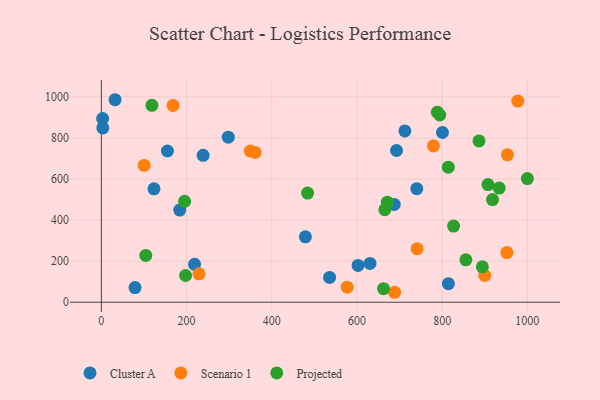
{"axis": {"x": "Distance", "y": "Exam Score"}, "legend": ["Cluster A", "Projected", "Scenario 1"], "data": [{"x": "602.6", "y": 179.3, "type": "Cluster A"}, {"x": "123.5", "y": 552.1, "type": "Cluster A"}, {"x": "740.4", "y": 553.0, "type": "Cluster A"}, {"x": "3.0", "y": 894.3, "type": "Cluster A"}, {"x": "692.9", "y": 738.7, "type": "Cluster A"}, {"x": "535.8", "y": 120.8, "type": "Cluster A"}, {"x": "3.4", "y": 848.5, "type": "Cluster A"}, {"x": "238.9", "y": 715.1, "type": "Cluster A"}, {"x": "800.7", "y": 826.3, "type": "Cluster A"}, {"x": "32.2", "y": 985.8, "type": "Cluster A"}, {"x": "479.0", "y": 318.3, "type": "Cluster A"}, {"x": "712.5", "y": 833.9, "type": "Cluster A"}, {"x": "184.0", "y": 448.4, "type": "Cluster A"}, {"x": "155.1", "y": 736.1, "type": "Cluster A"}, {"x": "79.0", "y": 71.4, "type": "Cluster A"}, {"x": "687.5", "y": 475.9, "type": "Cluster A"}, {"x": "630.7", "y": 188.7, "type": "Cluster A"}, {"x": "218.8", "y": 184.3, "type": "Cluster A"}, {"x": "297.9", "y": 803.4, "type": "Cluster A"}, {"x": "814.6", "y": 90.2, "type": "Cluster A"}, {"x": "899.9", "y": 130.5, "type": "Scenario 1"}, {"x": "953.2", "y": 717.7, "type": "Scenario 1"}, {"x": "688.4", "y": 48.4, "type": "Scenario 1"}, {"x": "361.0", "y": 729.1, "type": "Scenario 1"}, {"x": "977.5", "y": 979.1, "type": "Scenario 1"}, {"x": "779.5", "y": 760.7, "type": "Scenario 1"}, {"x": "168.4", "y": 957.9, "type": "Scenario 1"}, {"x": "100.5", "y": 666.1, "type": "Scenario 1"}, {"x": "349.7", "y": 735.7, "type": "Scenario 1"}, {"x": "577.1", "y": 73.0, "type": "Scenario 1"}, {"x": "229.2", "y": 138.3, "type": "Scenario 1"}, {"x": "741.3", "y": 260.6, "type": "Scenario 1"}, {"x": "951.9", "y": 241.6, "type": "Scenario 1"}, {"x": "195.4", "y": 491.1, "type": "Projected"}, {"x": "933.9", "y": 555.5, "type": "Projected"}, {"x": "671.2", "y": 487.2, "type": "Projected"}, {"x": "826.8", "y": 370.9, "type": "Projected"}, {"x": "788.7", "y": 925.3, "type": "Projected"}, {"x": "794.4", "y": 911.4, "type": "Projected"}, {"x": "104.3", "y": 227.7, "type": "Projected"}, {"x": "118.7", "y": 958.7, "type": "Projected"}, {"x": "907.6", "y": 572.7, "type": "Projected"}, {"x": "814.4", "y": 657.2, "type": "Projected"}, {"x": "662.4", "y": 66.1, "type": "Projected"}, {"x": "855.6", "y": 206.5, "type": "Projected"}, {"x": "918.2", "y": 499.6, "type": "Projected"}, {"x": "197.7", "y": 130.0, "type": "Projected"}, {"x": "886.5", "y": 785.3, "type": "Projected"}, {"x": "894.3", "y": 172.3, "type": "Projected"}, {"x": "1000.0", "y": 601.9, "type": "Projected"}, {"x": "484.1", "y": 531.3, "type": "Projected"}, {"x": "665.4", "y": 450.3, "type": "Projected"}]}